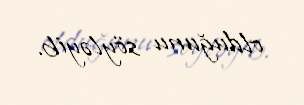
olduğunu söyləyib.